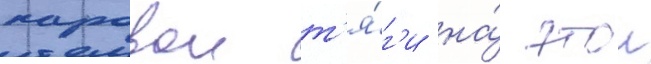
паровои т'я́г'и на́ этои